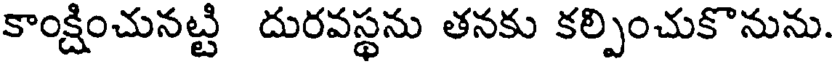
కాంక్షించునట్టి దురవస్థను తనకు కల్పించుకొనును.